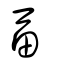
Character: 畐